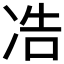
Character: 𱐆